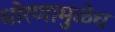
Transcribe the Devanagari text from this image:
धोरणामुळेच